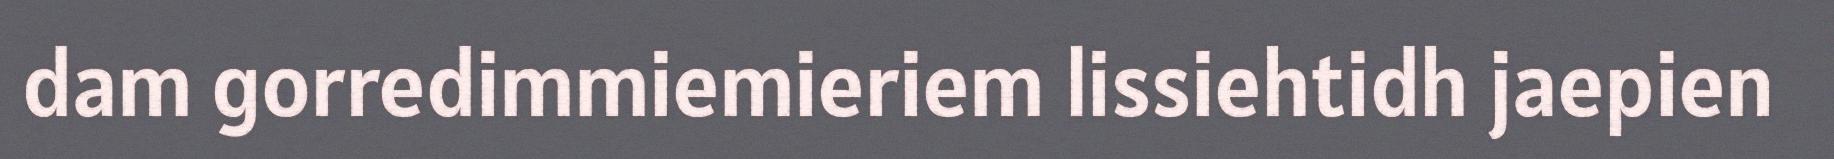
dam gorredimmiemieriem lissiehtidh jaepien